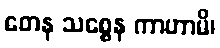
တေန သစ္စေန ကာဟာမိ၊